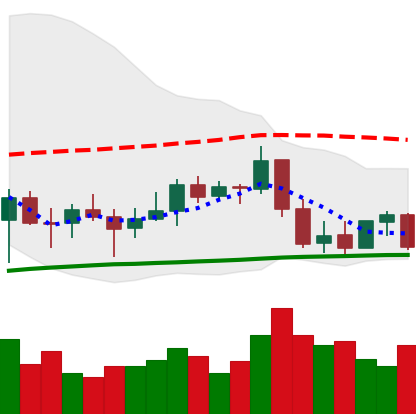
Ticker: BNB-USD
Chart end date: 2022-01-03
Forward return: -15.99%
Label: down_7plus